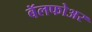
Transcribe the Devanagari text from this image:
बॅलफोअर